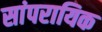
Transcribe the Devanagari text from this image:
सांपरायिक